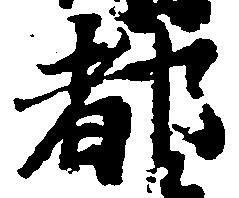
都